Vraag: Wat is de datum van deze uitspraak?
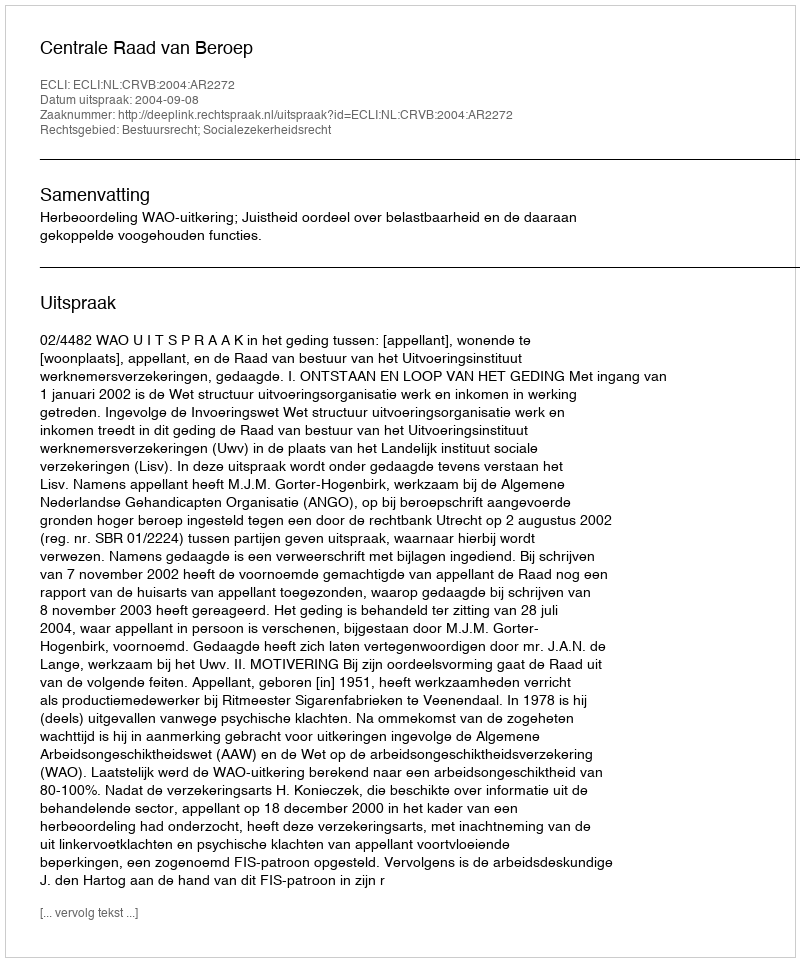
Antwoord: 2004-09-08